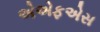
એએફએસ